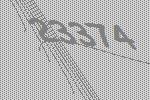
23374